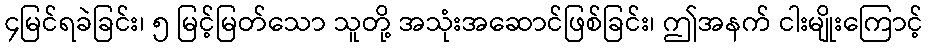
၄မြင်ရခဲခြင်း၊ ၅ မြင့်မြတ်သော သူတို့ အသုံးအဆောင်ဖြစ်ခြင်း၊ ဤအနက် ငါးမျိုးကြောင့်